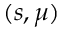
( s , \mu )